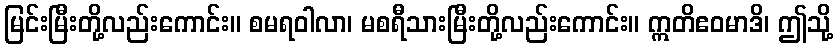
မြင်းမြီးတို့လည်းကောင်း။ စမရဝါလာ၊ မစရီသားမြီးတို့လည်းကောင်း။ ဣတိဧဝမာဒိ၊ ဤသို့